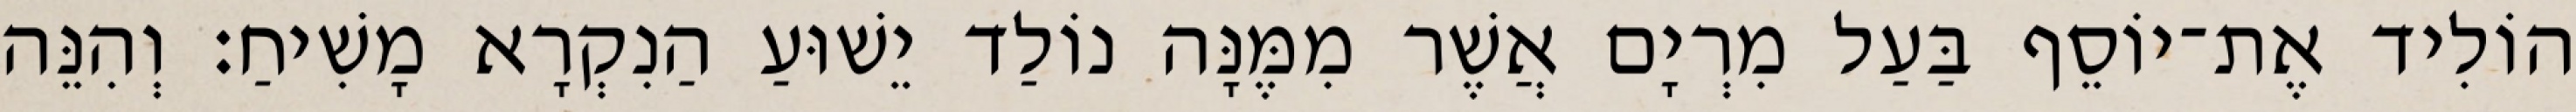
הוֹלִיד אֶת־יוֹסֵף בַּעַל מִרְיָם אֲשֶׁר מִמֶּנָּה נוֹלַד יֵשׁוּעַ הַנִקְרָא מָשִׁיחַ׃ וְהִנֵּה